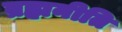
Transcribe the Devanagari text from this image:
ब्रह्मनीति